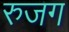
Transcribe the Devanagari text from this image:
रुजग